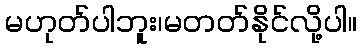
မဟုတ်ပါဘူး၊မတတ်နိုင်လို့ပါ။